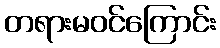
တရားမဝင်ကြောင်း